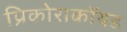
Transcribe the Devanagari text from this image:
प्रिकोराकॉयड